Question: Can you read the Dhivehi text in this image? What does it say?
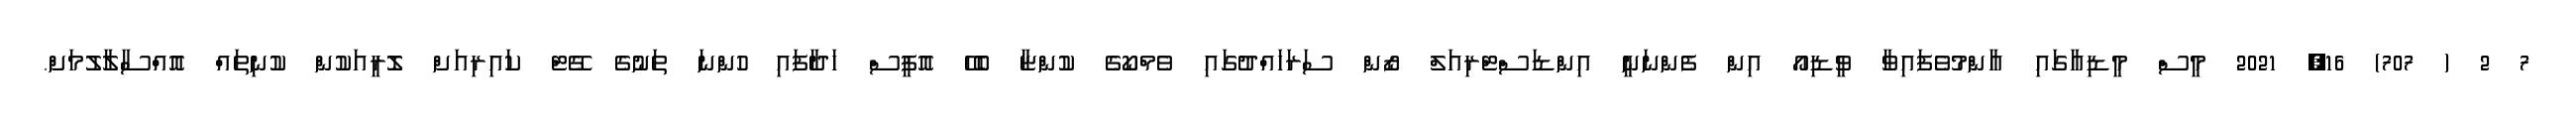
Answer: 7 2 ( 707) 16, 2021 މީސް މީޑިއާގައި އާންމުވެފައިވާ ވީޑިއޯ އިން ފެންނަނީ އިންޑަސްޓްރިއަލް ޒޯން ސަރަހައްދުގައި ވެމްކޯގެ ކުންޏާ ބެހޭ އޮފީސް ހަދާފައި ހުންނަ ތަނުގެ ގޭޓް ކައިރިއަށް ލޮރީއަކުން ކުނިތައް އޮއްސާލާލުމަށް.